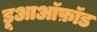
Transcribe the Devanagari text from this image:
डूआऑफ़ॉड